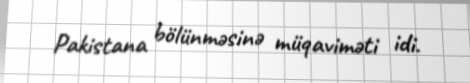
Pakistana bölünməsinə müqaviməti idi.